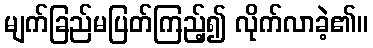
မျက်ခြည်မပြတ်ကြည့်၍ လိုက်လာခဲ့၏။